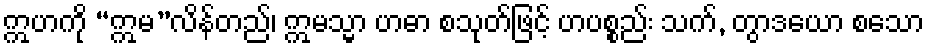
ဣဟကို “ဣမ”လိန်တည်၊ ဣမသ္မာ ဟဓာ စသုတ်ဖြင့် ဟပစ္စည်း သက်, တွာဒယော စသော